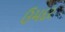
ઉમદર